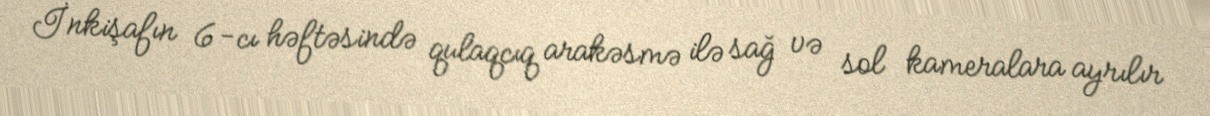
İnkişafın 6-cı həftəsində qulaqcıq arakəsmə ilə sağ və sol kameralara ayrılır